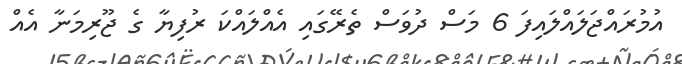
އުމުރައްޖަލައްލައިފަ 6 މަސް ދުވަސް ތެރޭގައި އެއްލައްކަ ރުފިޔާ ގެ ޖޫރިމަނާ އެއް